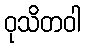
ဝုသိတဝါ